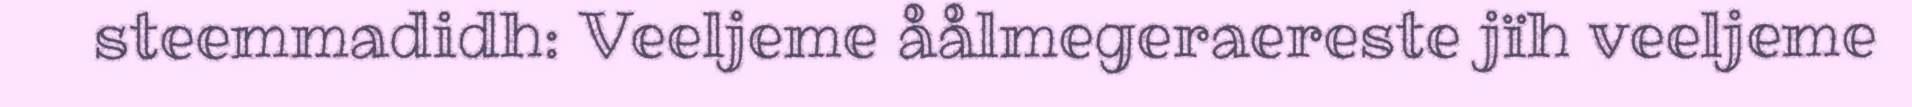
steemmadidh: Veeljeme åålmegeraereste jïh veeljeme